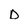
Character: D